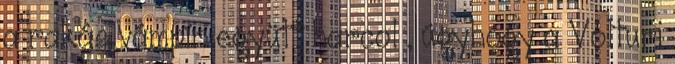
a rakás vámpír együtt harcol , úgyhogy a Volturi